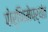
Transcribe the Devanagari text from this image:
पोर्णिमेपर्यंत